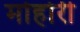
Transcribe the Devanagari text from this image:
मोहोरी